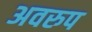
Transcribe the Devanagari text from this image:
अवरुप